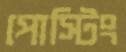
পোস্টিং